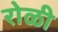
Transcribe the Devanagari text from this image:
रोळी